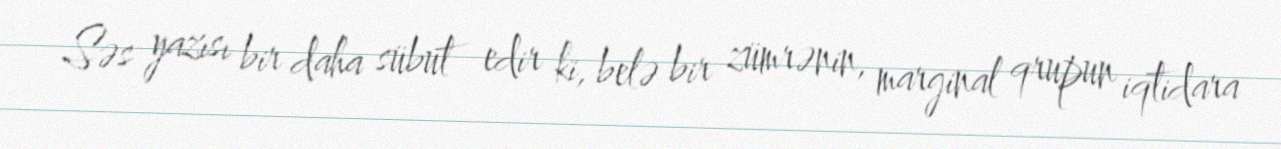
Səs yazısı bir daha sübut edir ki, belə bir zümrənin, marginal qrupun iqtidara